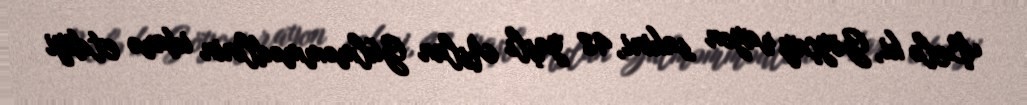
Belə ki, Göyçay rayon sakini, 48 yaşlı Aslan Gülməmmədlinin idarə etdiyi